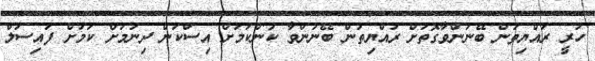
ހުރީ ރައްޔިތުން ބޭނުންވާގޮތަށް ރައްޔިތުން ބޭނުންވާ ކަންކަމަށް އިސްކަން ދިނުމަށް ކަމަށް ފައިސަލް